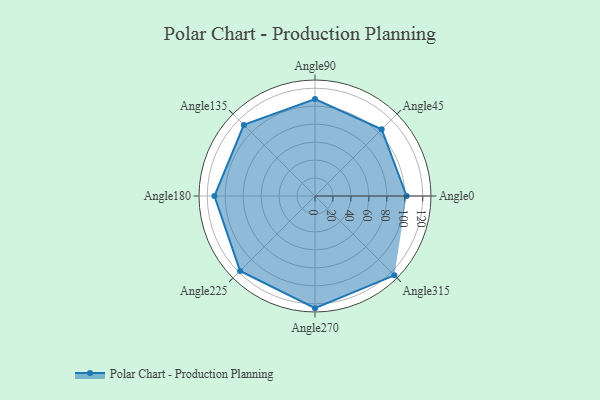
{"axis": {"x": "Angle", "y": "Radius"}, "legend": [""], "data": [{"x": "Angle0", "y": 102.0, "type": ""}, {"x": "Angle45", "y": 105.0, "type": ""}, {"x": "Angle90", "y": 108.0, "type": ""}, {"x": "Angle135", "y": 112.0, "type": ""}, {"x": "Angle180", "y": 112.0, "type": ""}, {"x": "Angle225", "y": 118.0, "type": ""}, {"x": "Angle270", "y": 125.0, "type": ""}, {"x": "Angle315", "y": 125.0, "type": ""}]}